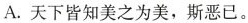
A.天下皆知美之为美，斯恶已。